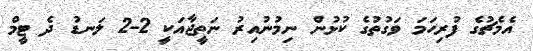
އެމެޗުގެ ފުރިހަމަ ވަގުތުގެ ކުޅުން ނިމުނުއިރު ނަތީޖާއަކީ 2-2 ލަނޑު ދެ ޓީމް